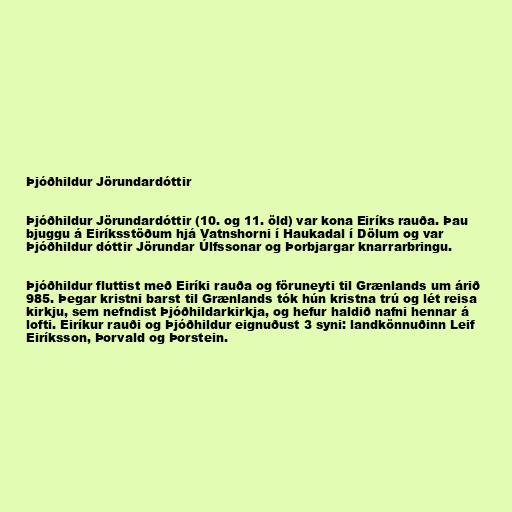
Þjóðhildur Jörundardóttir

Þjóðhildur Jörundardóttir (10. og 11. öld) var kona Eiríks rauða. Þau
bjuggu á Eiríksstöðum hjá Vatnshorni í Haukadal í Dölum og var
Þjóðhildur dóttir Jörundar Úlfssonar og Þorbjargar knarrarbringu.

Þjóðhildur fluttist með Eiríki rauða og föruneyti til Grænlands um árið
985. Þegar kristni barst til Grænlands tók hún kristna trú og lét reisa
kirkju, sem nefndist Þjóðhildarkirkja, og hefur haldið nafni hennar á
lofti. Eiríkur rauði og Þjóðhildur eignuðust 3 syni: landkönnuðinn Leif
Eiríksson, Þorvald og Þorstein.